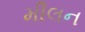
મીલન